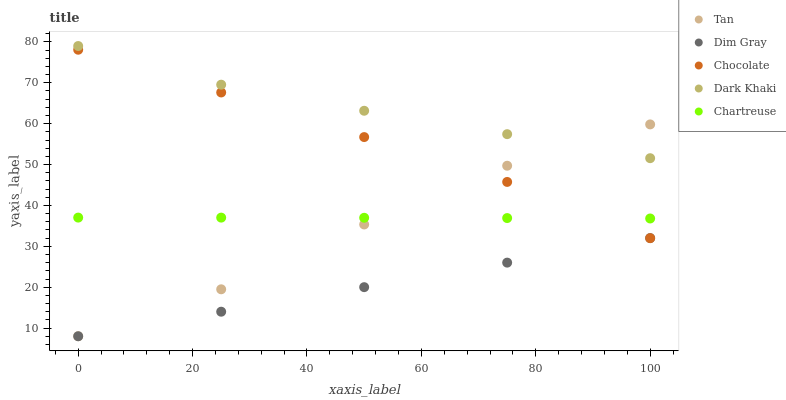
| xaxis_label | Tan | Dim Gray | Chocolate | Dark Khaki | Chartreuse |
 | --- | --- | --- | --- | --- | --- |
 | 0 | 8 | 8 | 78.1 | 79 | 37 |
 | 25 | 19.5 | 14 | 67.6 | 69.5 | 37 |
 | 50 | 35.3 | 20 | 56.7 | 63.2 | 37 |
 | 75 | 49.7 | 26 | 45.8 | 57.4 | 36.9 |
 | 100 | 59.8 | 32 | 32 | 51.6 | 36.8 |